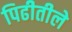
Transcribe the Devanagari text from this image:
पिढीतीले